Insane asylums in Bengal annual reports 1876-1887 - 1876-1887
Year: 1876
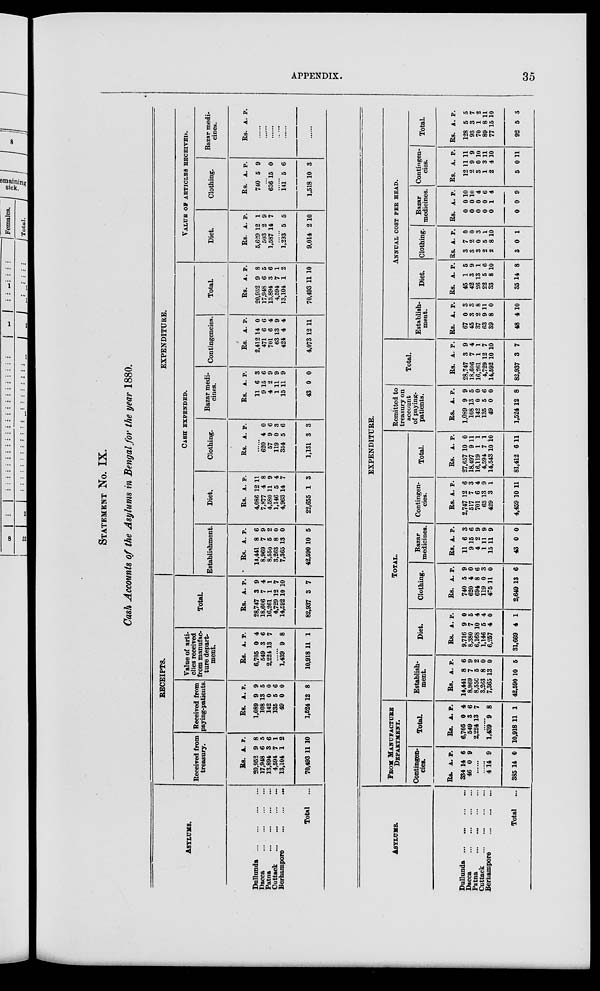
APPENDIX.
35
STATEMENT No. IX.
Cash Accounts of the Asylums in Bengal for the year 1880.
ASYLUMS.
Dullunda
...
...
...
...
Dacca
...
...
...
...
Patna
...
...
...
...
Cuttack
...
...
...
...
Berhampore ... ... ... ...
Total ...
RECEIPTS.
Received from
treasury.
Rs.
20,952
17,948
13,894
4,594
13,104
70,493
A.
9
6
3
7
1
11
P.
8
5
6
1
2
10
Received from
paying-patients.
Rs.
1,089
108
142
135
49
1,524
A.
9
13
0
5
0
12
P.
9
5
0
6
0
8
Value of arti¬
clies received
from manufac-
ture depart-
ment.
Rs.
6,705
549
2,224
A.
0
3
13
P.
4
6
7
......
1,439
10,918
9
11
8
1
Total.
Rs.
28,747
18,606
16,261
4,729
14,592
82,937
A.
3
7
1
12
10
3
P.
9
4
1
7
10
7
EXPENDITURE.
CASH EXPENDED.
Establishment.
Rs.
14,441
8,969
8,550
3,263
7,365
42,590
A.
8
7
5
8
13
10
P.
6
9
2
0
0
5
Diet.
Rs.
4,086
7,877
4,580
1,146
4,963
22,655
A.
12
4
11
5
14
1
P.
11
8
9
4
7
3
Clothing.
Rs. A. P.
......
620
57
119
334
1,131
4
9
0
5
3
0
6
3
6
3
Bazar medi-
cines.
Rs.
11
9
4
1
15
43
A.
6
15
2
11
11
0
P.
3
6
9
9
9
0
Contingencies.
Rs.
2,412
471
701
63
424
4,073
A.
14
6
6
13
4
12
P.
0
6
4
9
4
11
Total.
Rs.
20,952
17,948
13,894
4,594
13,104
70,493
A.
9
6
3
7
1
11
P.
8
5
6
1
2
10
VALUE OF ARTICLES RECEIVED.
Diet.
Rs.
5,629
503
1,587
A.
12
2
14
P.
1
9
7
... ...
1,293
9,014
5
2
5
10
Clothing.
Rs.
740
A.
5
P.
9
... ...
636 15 0
... ...
141
1,518
5
10
6
3
Bazar medi-
cines.
Rs. A. P.
......
......
......
......
......
......
ASYLUMS.
Dullunda
...
...
...
...
Dacca
...
...
...
...
Patna
...
...
...
...
Cuttack
...
...
...
...
Berhampore ... ... ...
Total ...
EXPENDITURE.
FROM MANUFACTURE
DEPARTMENT.
Contingen-
cies.
Rs.
334
46
A.
14
0
P.
6
9
......
......
4
385
14
14
9
0
Total.
Rs.
6,705
549
2,224
A.
0
3
13
P.
4
6
7
... ...
1,439
10,918
9
11
8
1
TOTAL.
Establish-
ment.
Rs.
14,441
8,969
8,550
3,263
7,365
42,590
A.
8
7
5
8
13
10
P.
6
9
2
0
0
5
Diet.
Rs.
9,716
8,380
6,168
1,146
6,257
31,669
A.
9
7
10
5
4
4
P.
0
5
4
4
0
1
Clothing.
Rs.
740
620
694
119
475
2,649
A.
5
4
8
0
11
13
P.
9
0
6
3
0
6
Bazar
medicines.
Rs.
11
9
4
1
15
43
A.
6
15
2
11
11
0
P.
3
6
9
9
9
0
Contingen-
cies.
Rs.
2,747
517
701
63
429
4,459
A.
12
7
6
13
3
10
P.
6
3
4
9
1
11
Total.
Rs.
27,657
18,497
16,119
4,594
14,543
81,412
A.
10
9
1
7
10
6
P.
0
11
1
1
10
11
Remitted to
treasury on
account
of paying¬
patients.
Rs.
1,089
108
142
135
49
1,524
A.
9
13
0
5
0
12
P.
9
5
0
6
0
8
Total.
Rs.
28,747
18,606
16,261
4,729
14,592
82,937
A.
3
7
1
12
10
3
P.
9
4
1
7
10
7
ANNUAL COST PER HEAD.
Establish-
ment.
Rs.
67
45
37
63
39
48
A.
0
3
2
9
8
4
P.
3
3
8
11
0
10
Diet.
Rs.
45
42
26
22
33
35
A.
1
3
13
5
8
14
P.
5
9
1
6
10
8
Clothing.
Rs.
3
3
3
2
2
3
A.
7
2
0
5
8
0
P.
0
0
3
1
10
1
Bazar
medicines.
Rs.
0
0
0
0
0
0
A.
0
0
0
0
1
0
p.
10
10
4
6
4
9
Contingen-
cies.
Rs.
12
2
3
1
2
5
A.
11
9
0
3
4
0
P.
11
9
10
11
10
11
Total.
Rs.
128
93
70
89
77
92
A.
5
3
1
8
15
5
P.
5
7
2
11
10
3